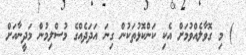
) މި ގޮވާލެއްވުމަށް އެކި ކަންކޮޅުތަކުން ގިނަ އަދަދެއްގެ މުސްލިމުން މަދީނާއަށް